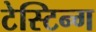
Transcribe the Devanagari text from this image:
टेस्टिन्ग